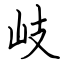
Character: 岐